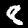
Digit: 8